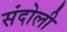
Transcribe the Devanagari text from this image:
संदोली